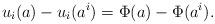
LaTeX: \begin{align*} u_i(a) - u_i(a^i) = \Phi(a) - \Phi(a^i). \end{align*}